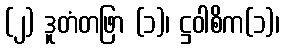
(၂) ဒူတံတဖြာ (၁)၊ ဋ္ဌဝါစိက(၁)၊